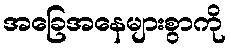
အခြေအနေများစွာကို